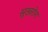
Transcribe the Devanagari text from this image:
सूखरोग